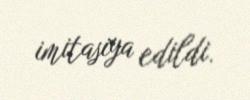
imitasiya edildi.